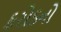
કરોડનો